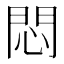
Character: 悶